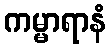
ကမ္မာရာနံ